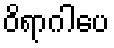
ဝိရာဂါပေ